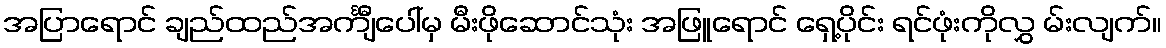
အပြာရောင် ချည်ထည်အင်္ကျီပေါ်မှ မီးဖိုဆောင်သုံး အဖြူရောင် ရှေ့ပိုင်း ရင်ဖုံးကိုလွှ မ်းလျက်။